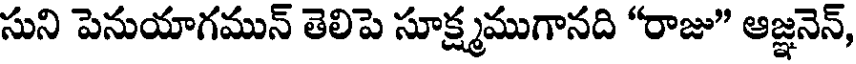
సుని పెనుయాగమున్ తెలిపె సూక్ష్మముగానది "రాజు" ఆజ్ఞనెన్,